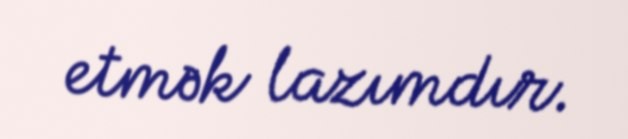
etmək lazımdır.